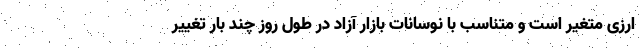
ارزی متغیر است و متناسب با نوسانات بازار آزاد در طول روز چند بار تغییر